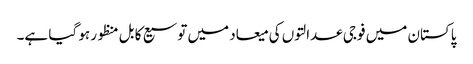
پاکستان میں فوجی عدالتوں کی میعاد میں توسیع کا بل منظور ہو گیا ہے۔